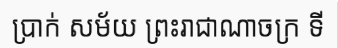
ប្រាក់ សម័យ ព្រះរាជាណាចក្រ ទី